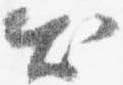
出